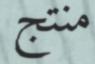
منتج